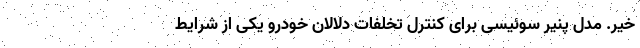
خیر. مدل پنیر سوئیسی برای کنترل تخلفات دلالان خودرو یکی از شرایط